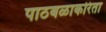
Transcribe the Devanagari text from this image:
पाठबळाकरिता